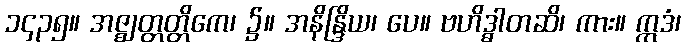
၁၄၃၅။ အဇ္ဈတ္တတ္တိကေ၊ ၌။ အနိန္ဒြိယ၊ ပေ။ ဗဟိဒ္ဓါတဆိ၊ ကား။ ဣဒံ၊